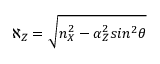
\aleph _ { Z } = \sqrt { n _ { X } ^ { 2 } - \alpha _ { Z } ^ { 2 } s i n ^ { 2 } \theta }